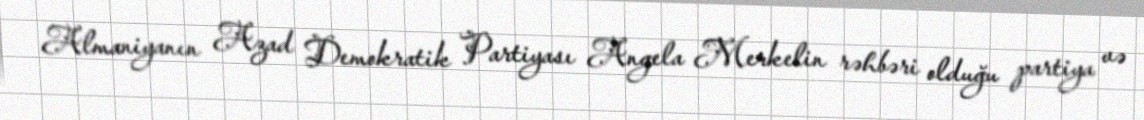
Almaniyanın Azad Demokratik Partiyası Angela Merkelin rəhbəri olduğu partiya və